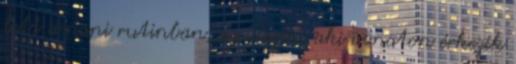
lett a napi rutinban, az idegen, aki vonaton érkezik